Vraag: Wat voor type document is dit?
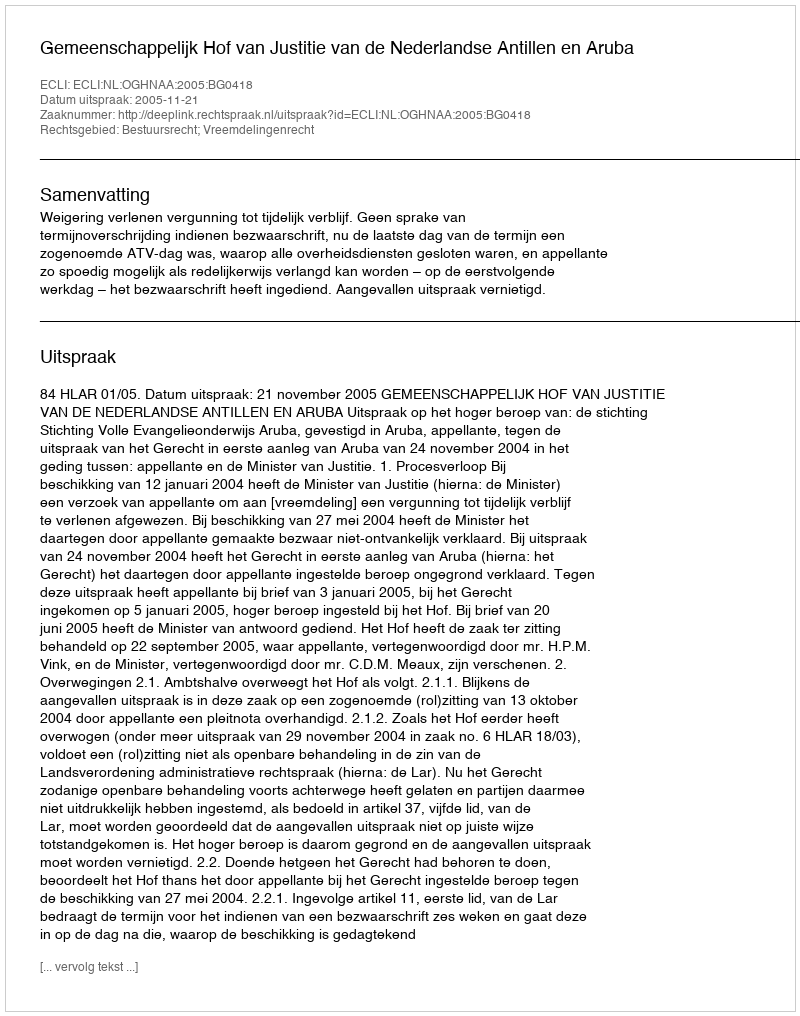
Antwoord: Uitspraak